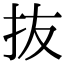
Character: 抜